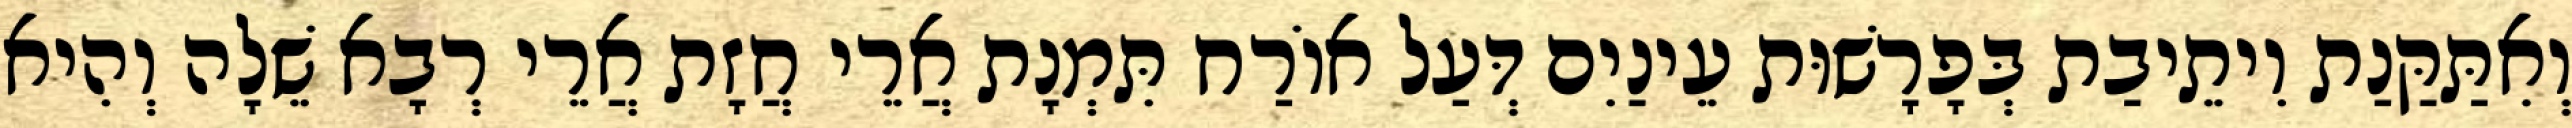
וְאִתַּקַּנַת וִיתֵיבַת בְּפָרָשׁוּת עֵינַיִם דְּעַל אוֹרַח תִּמְנָת אֲרֵי חֲזָת אֲרֵי רְבָא שֵׁלָה וְהִיא